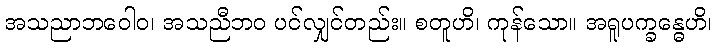
အသညာဘဝေါဝ၊ အသညီဘဝ ပင်လျှင်တည်း။ စတူဟိ၊ ကုန်သော။ အရူပက္ခန္ဓေဟိ၊